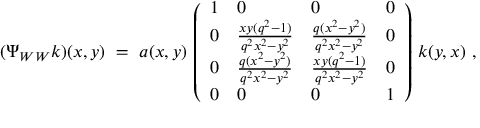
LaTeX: ( \Psi _ { W W } k ) ( x , y ) \ = \ a ( x , y ) \, \left( \begin{array} { l l l l } { { 1 } } & { { 0 } } & { { 0 } } & { { 0 } } \\ { { 0 } } & { { \frac { x y ( q ^ { 2 } - 1 ) } { q ^ { 2 } x ^ { 2 } - y ^ { 2 } } } } & { { \frac { q ( x ^ { 2 } - y ^ { 2 } ) } { q ^ { 2 } x ^ { 2 } - y ^ { 2 } } } } & { { 0 } } \\ { { 0 } } & { { \frac { q ( x ^ { 2 } - y ^ { 2 } ) } { q ^ { 2 } x ^ { 2 } - y ^ { 2 } } } } & { { \frac { x y ( q ^ { 2 } - 1 ) } { q ^ { 2 } x ^ { 2 } - y ^ { 2 } } } } & { { 0 } } \\ { { 0 } } & { { 0 } } & { { 0 } } & { { 1 } } \end{array} \right) \, k ( y , x ) \ ,